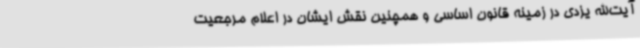
آیت‌الله یزدی در زمینه قانون اساسی و همچنین نقش ایشان در اعلام مرجعیت